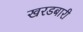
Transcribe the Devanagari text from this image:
खरडबारी